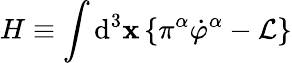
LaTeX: H\equiv\int\mathrm{d}^{3}\mathbf{{x\, \{ }}\pi^{\alpha}\dot{{\varphi}}^{\alpha}-\mathcal{{L\} }}